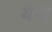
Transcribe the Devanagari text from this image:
येग्य